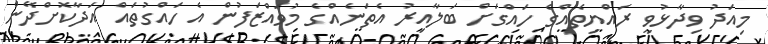
މިއަދު ވިދާޅުވީ ރައްޔިތެއްގެ ހައްގަށް ބަލާއިރު އެތަނެއްގެ މުވައްޒަފުން އެ ހައްގުތައް އަދާކޮށްދޭން